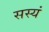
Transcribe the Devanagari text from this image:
सस्यं